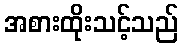
အစားထိုးသင့်သည်